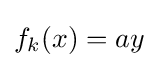
f_{k}(x)=ay